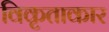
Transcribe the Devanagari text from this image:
विकृताकार